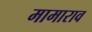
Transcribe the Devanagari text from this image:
मामाराव